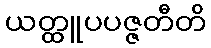
ယတ္ထူပပဇ္ဇတီတိ